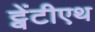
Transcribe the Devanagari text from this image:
ट्वेंटीएथ